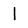
Digit: 1